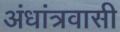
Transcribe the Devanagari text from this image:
अंधांत्रवासी